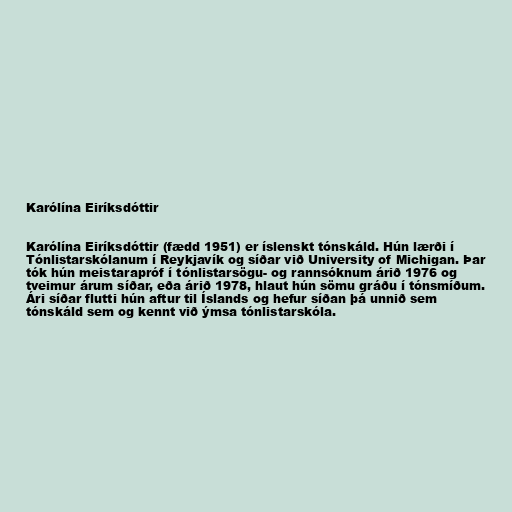
Karólína Eiríksdóttir

Karólína Eiríksdóttir (fædd 1951) er íslenskt tónskáld. Hún lærði í
Tónlistarskólanum í Reykjavík og síðar við University of Michigan. Þar
tók hún meistarapróf í tónlistarsögu- og rannsóknum árið 1976 og
tveimur árum síðar, eða árið 1978, hlaut hún sömu gráðu í tónsmíðum.
Ári síðar flutti hún aftur til Íslands og hefur síðan þá unnið sem
tónskáld sem og kennt við ýmsa tónlistarskóla.